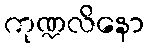
ကုဏ္ဍလိနော